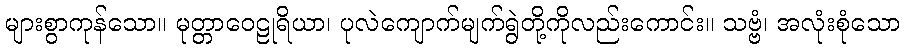
များစွာကုန်သော။ မုတ္တာဝေဠုရိယာ၊ ပုလဲကျောက်မျက်ရွဲတို့ကိုလည်းကောင်း။ သဗ္ဗံ၊ အလုံးစုံသော